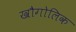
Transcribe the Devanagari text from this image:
खौगोलिक